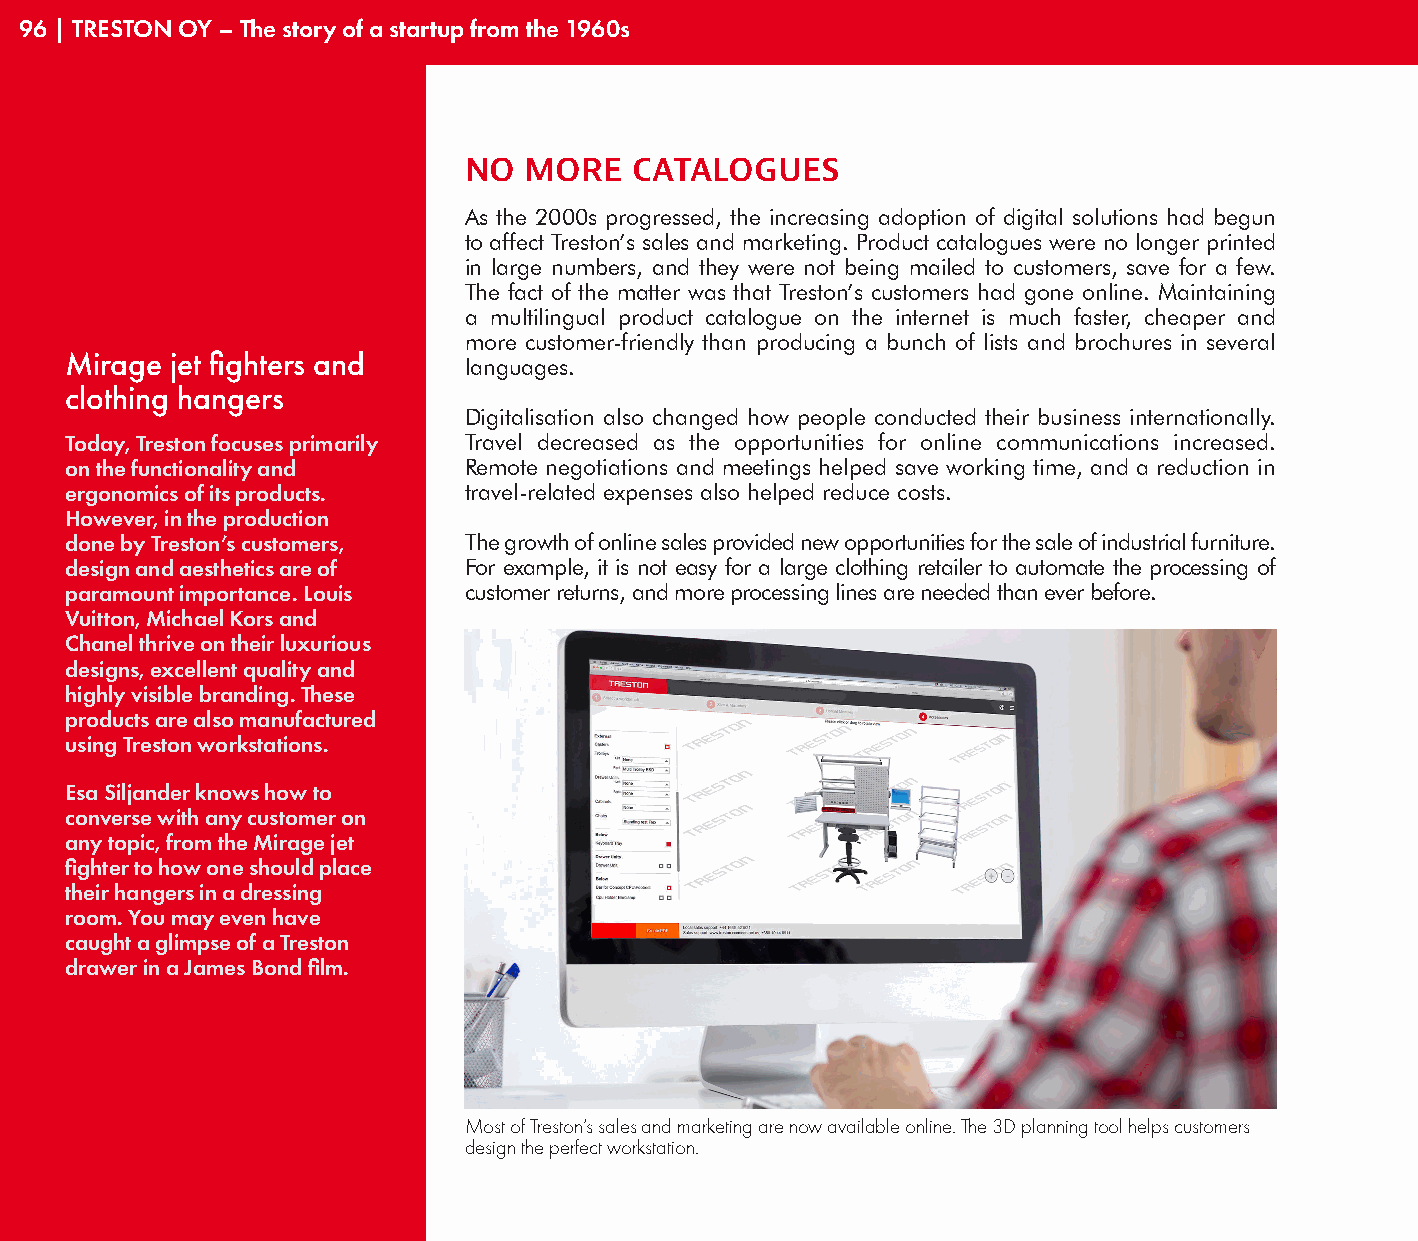
96 | TRESTON OY – The story of a startup from the 1960s
 NO  MORE   CATALOGUES
 As the 2000s progressed, the increasing adoption of digital solutions had begun
 to affect Treston’s sales and marketing. Product catalogues were no longer printed
 in large numbers, and they were not being mailed to customers, save for a few.
 The fact of the matter was that Treston’s customers had gone online. Maintaining
 a multilingual product catalogue on the internet is much faster, cheaper and
 more customer-friendly than producing a bunch of lists and brochures in several
 Mirage jet fighters and
 languages.
 clothing hangers
 Digitalisation also changed how people conducted their business internationally.
 Today, Treston focuses primarily Travel decreased as the opportunities for online communications increased.
 on the functionality and   Remote negotiations and meetings helped save working time, and a reduction in
 ergonomics of its products. travel-related expenses also helped reduce costs.
 However, in the production
 done by Treston’s customers, The growth of online sales provided new opportunities for the sale of industrial furniture.
 design and aesthetics are of For example, it is not easy for a large clothing retailer to automate the processing of
 paramount importance. Louis customer returns, and more processing lines are needed than ever before.
 Vuitton, Michael Kors and
 Chanel thrive on their luxurious
 designs, excellent quality and
 highly visible branding. These
 products are also manufactured
 using Treston workstations.
 Esa Siljander knows how to
 converse with any customer on
 any topic, from the Mirage jet
 fighter to how one should place
 their hangers in a dressing
 room. You may even have
 caught a glimpse of a Treston
 drawer in a James Bond film.
 Most of Treston’s sales and marketing are now available online. The 3D planning tool helps customers
 design the perfect workstation.